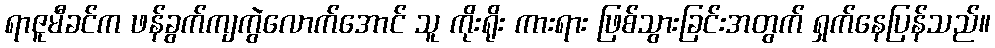
ရာဇူမီခင်က ဖန်ခွက်ကျကွဲလောက်အောင် သူ ကိုးရိုး ကားရား ဖြစ်သွားခြင်းအတွက် ရှက်နေပြန်သည်။